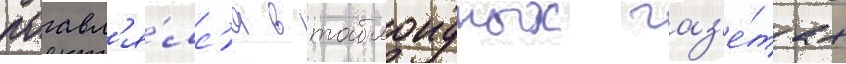
поавл'я́лс'я в таблоидных газ'е́тах